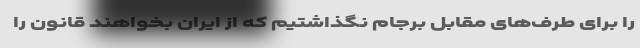
را برای طرف‌های مقابل برجام نگذاشتیم که از ایران بخواهند قانون را